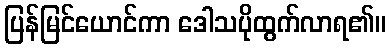
ပြန်မြင်ယောင်ကာ ဒေါသပိုထွက်လာရ၏။